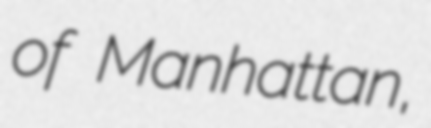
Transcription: of Manhattan,